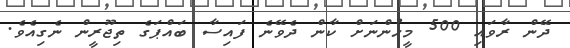
ދޭން ރާވައި 500 މީހުންނަށް ކާން ދެވޭނެ ފައިސާ ބައްޕަގެ ތިޖޫރީން ނެގިއެވެ.